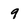
Character: 9